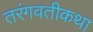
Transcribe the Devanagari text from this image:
तरंगवतीकथा